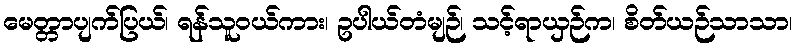
မေတ္တာပျက်ပြယ်၊ ရန်သူဝယ်ကား၊ ဥပါယ်တံမျဉ်၊ သင့်ရာယှဉ်က၊ စိတ်ယဉ်သာသာ၊